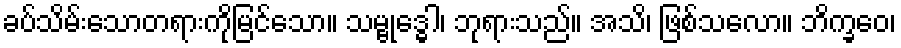
ခပ်သိမ်းသောတရားကိုမြင်သော။ သမ္ဗုဒ္ဓေါ၊ ဘုရားသည်။ အသိ၊ ဖြစ်သလော။ ဘိက္ခဝေ၊